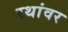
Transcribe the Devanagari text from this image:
रथांवर